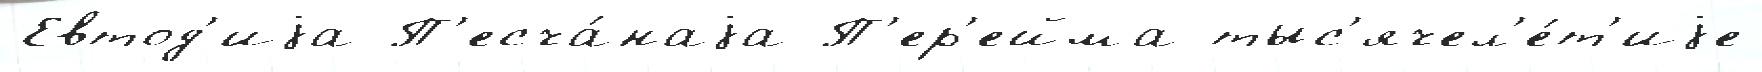
Евтод'иjа П'есча́наjа П'ер'ейма тыс'ячел'е́т'иjе